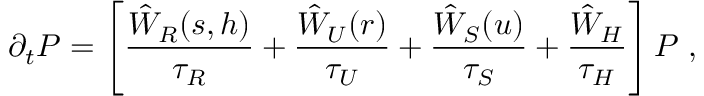
\partial _ { t } P = \left[ \frac { \hat { W } _ { R } ( s , h ) } { \tau _ { R } } + \frac { \hat { W } _ { U } ( r ) } { \tau _ { U } } + \frac { \hat { W } _ { S } ( u ) } { \tau _ { S } } + \frac { \hat { W } _ { H } } { \tau _ { H } } \right] P \; ,